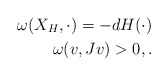
\begin{align*} \omega (X _{H}, \cdot) = - dH (\cdot) \\\omega (v, J v) > 0, .\end{align*}